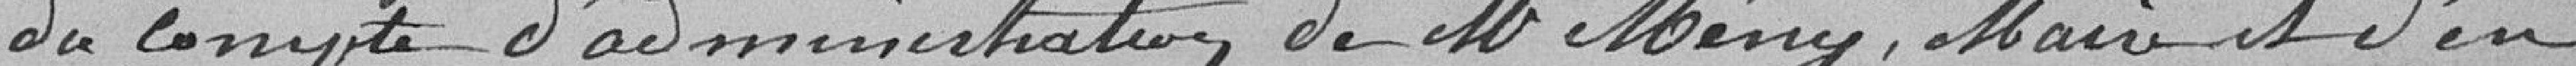
du compte de M. Mény, Maire et d'en